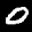
Label: 0